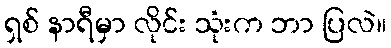
ရှစ် နာရီမှာ လိုင်း သုံးက ဘာ ပြလဲ။